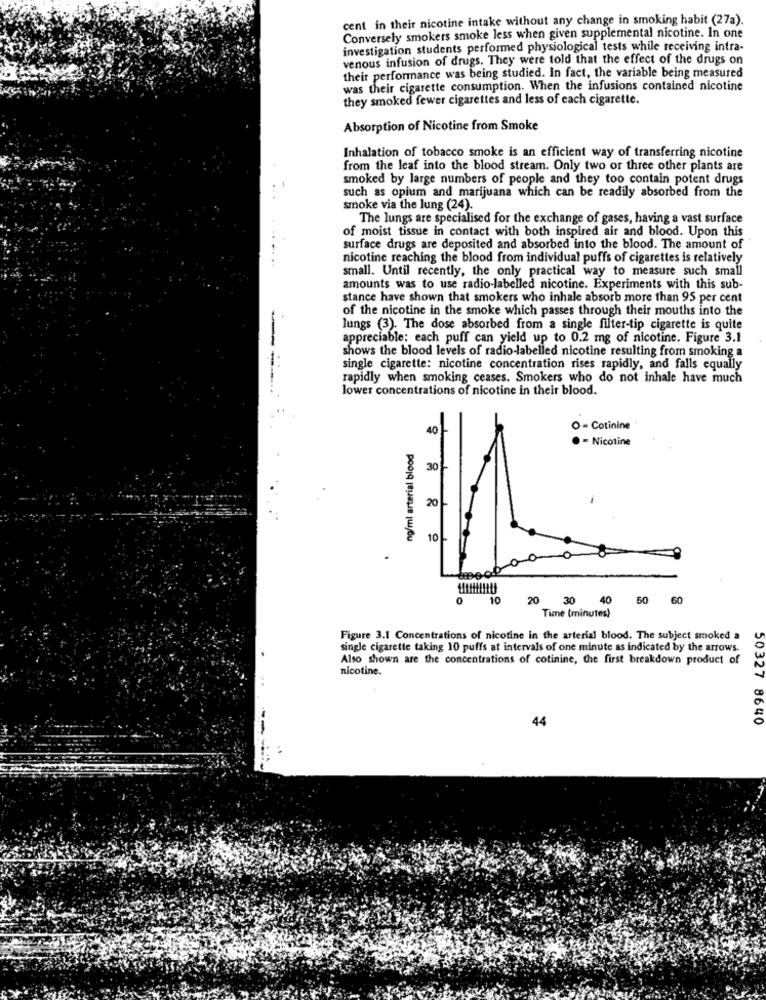
cent in their nicotine intake without any change in smoking habit (27a).
Conversely smokers smoke less when given supplemental nicotine. In one
investigation students performed physiological tests while receiving intra-
venous infusion of drugs. They were told that the effect of the drugs on
their performance was being studied. In fact, the variable being measured
was their cigarette consumption. When the infusions contained nicotine
they smoked fewer cigarettes and less of each cigarette.
Absorption of Nicotine from Smoke
Inhalation of tobacco smoke is an efficient way of transferring nicotine
from the leaf into the blood stream. Only two or three other plants are
smoked by large numbers of people and they too contain potent drugs
such as opium and marijuana which can be readily absorbed from the
smoke via the lung (24).
The lungs are specialised for the exchange of gases, having a vast surface
of moist tissue in contact with both inspired air and blood. Upon this
surface drugs are deposited and absorbed into the blood. The amount of
nicotine reaching the blood from individual puffs of cigarettes is relatively
small. Until recently, the only practical way to measure such small
amounts was to use radio-labelled nicotine. Experiments with this sub-
stance have shown that smokers who inhale absorb more than 95 per cent
of the nicotine in the smoke which passes through their mouths into the
lungs (3). The dose absorbed from a single filter-tip cigarette is quite
appreciable: each puff can yield up to 0.2 mg of nicotine. Figure 3.1
shows the blood levels of radio-labelled nicotine resulting from smoking a
single cigarette: nicotine concentration rises rapidly, and falls equally
rapidly when smoking ceases. Smokers who do not inhale have much
lower concentrations of nicotine in their blood.
40 --
O = Cotinine
· - Nicotine
ng/ml arterial blood
30
20
10-
0
10
20
30
40
50
60
Time (minutes)
Figure 3.1 Concentrations of nicotine in the arterial blood. The subject smoked a
single cigarette taking 10 puffs at intervals of one minute as indicated by the arrows.
Also shown are the concentrations of cotinine, the first breakdown product of
nicotine.
44
50327 8640